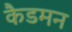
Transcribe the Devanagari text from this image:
कैडमन